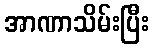
အာဏာသိမ်းပြီး